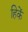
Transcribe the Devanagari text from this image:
हिकें